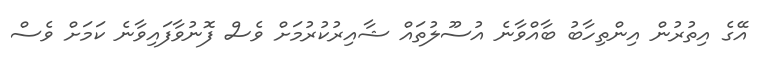
އޭގެ އިތުރުން އިންތިހާބު ބާއްވާނެ އުސޫލުތައް ޝާއިރުކުރުމަށް ވެސް ފޮނުވާފައިވާނެ ކަމަށް ވެސް